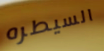
السيطره